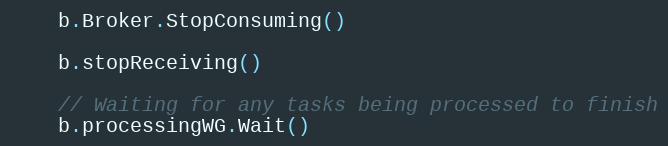
Language: Go
	b.Broker.StopConsuming()

	b.stopReceiving()

	// Waiting for any tasks being processed to finish
	b.processingWG.Wait()